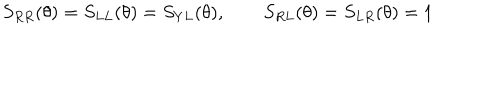
S _ { R R } ( \theta ) = S _ { L L } ( \theta ) = S _ { Y L } ( \theta ) , \qquad S _ { R L } ( \theta ) = S _ { L R } ( \theta ) = 1